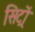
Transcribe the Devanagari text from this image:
सिट्रों